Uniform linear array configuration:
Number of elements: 8
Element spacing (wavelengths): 0.5
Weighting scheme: blackman
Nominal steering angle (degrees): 60
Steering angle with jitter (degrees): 58.07
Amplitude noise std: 0.05
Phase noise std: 0.05

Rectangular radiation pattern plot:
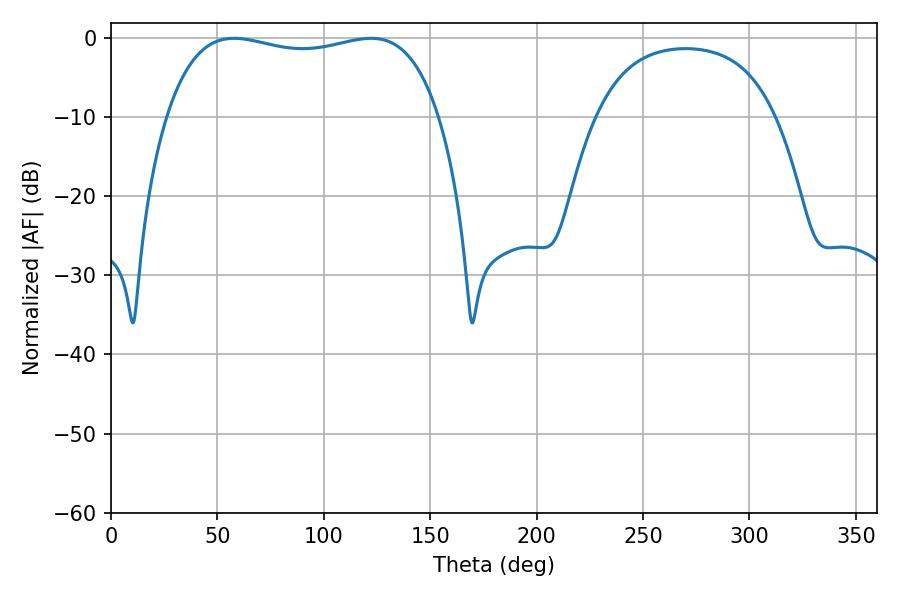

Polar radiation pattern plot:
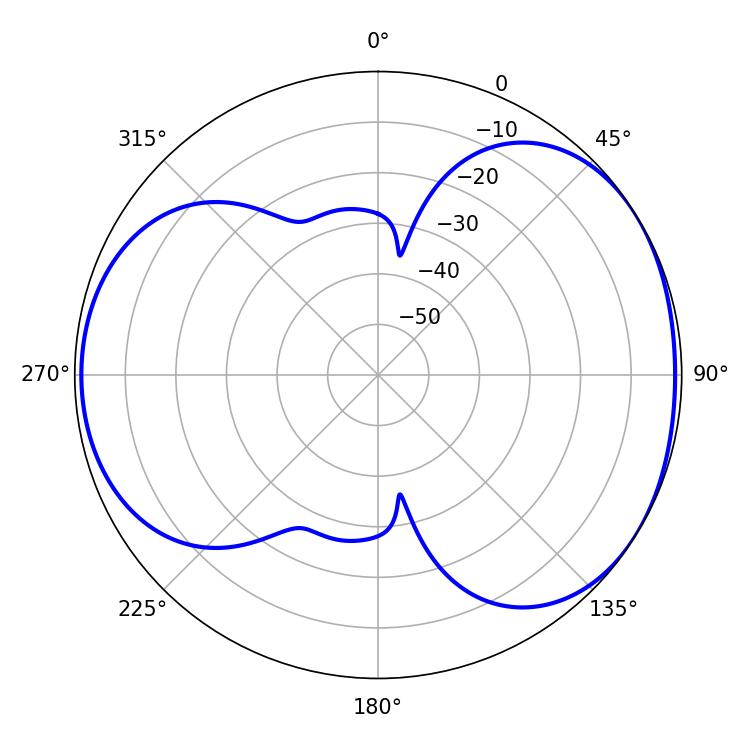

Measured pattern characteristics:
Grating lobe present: FALSE
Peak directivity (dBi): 4.49
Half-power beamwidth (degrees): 104.04
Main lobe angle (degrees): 57.78